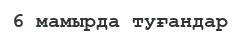
6 мамырда туғандар